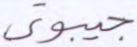
جيبوتي